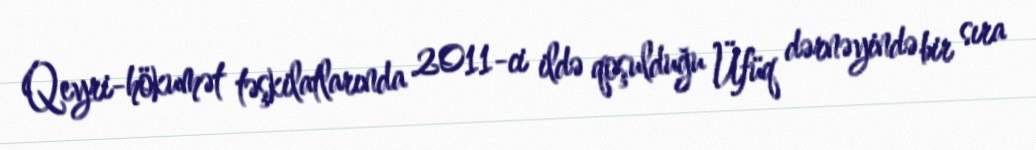
Qeyri-hökumət təşkilatlarında 2011-ci ildə qoşulduğu Üfüq dərnəyində bir sıra